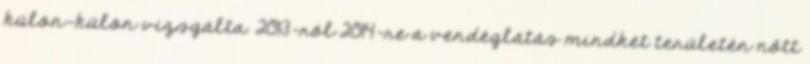
külön-külön vizsgálta. 2013-ról 2014-re a vendéglátás mindkét területén nőtt